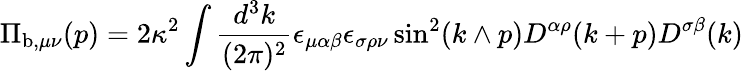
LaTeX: \Pi_{\mathrm{b},\mu\nu}(p)=2\kappa^{2}\int\frac{d^{3}k}{(2\pi)^{2}}\epsilon_{\mu\alpha\beta}\epsilon_{\sigma\rho\nu}\sin^{2}(k\wedge p)D^{\alpha\rho}(k+p)D^{\sigma\beta}(k)